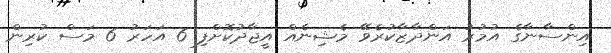
އިންސާނާގެ އުމުރު އަންދާޒާކުރެވޭ މެޝިނެއް އީޖާދުކޮށްފި 6 އަހަރު 6 މަސް ކުރިން